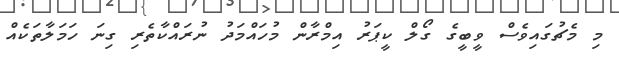
މި މެޗުގައިވެސް ވީބީގެ ގޯލް ކީޕަރު އިމްރާން މުހައްމަދު ނުރައްކާތެރި ގިނަ ހަމަލާތަކެއް